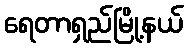
ရေတာရှည်မြို့နယ်